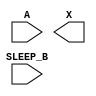
module sky130_fd_sc_lp__inputiso0n (
    //# {{data|Data Signals}}
    input  A      ,
    output X      ,

    //# {{power|Power}}
    input  SLEEP_B
);

    // Voltage supply signals
    supply1 VPWR;
    supply0 VGND;
    supply1 VPB ;
    supply0 VNB ;

endmodule